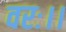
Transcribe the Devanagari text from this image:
वरः।।